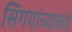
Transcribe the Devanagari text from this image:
सिंगयांच्याकडे